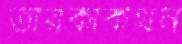
তারকাকথন